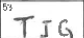
Transcription: TIG